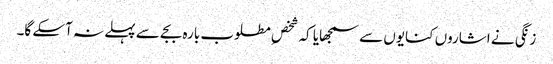
زنگی نے اشاروں کنایوں سے سمجھایا کہ شخصِ مطلوب بارہ بجے سے پہلے نہ آسکے گا۔